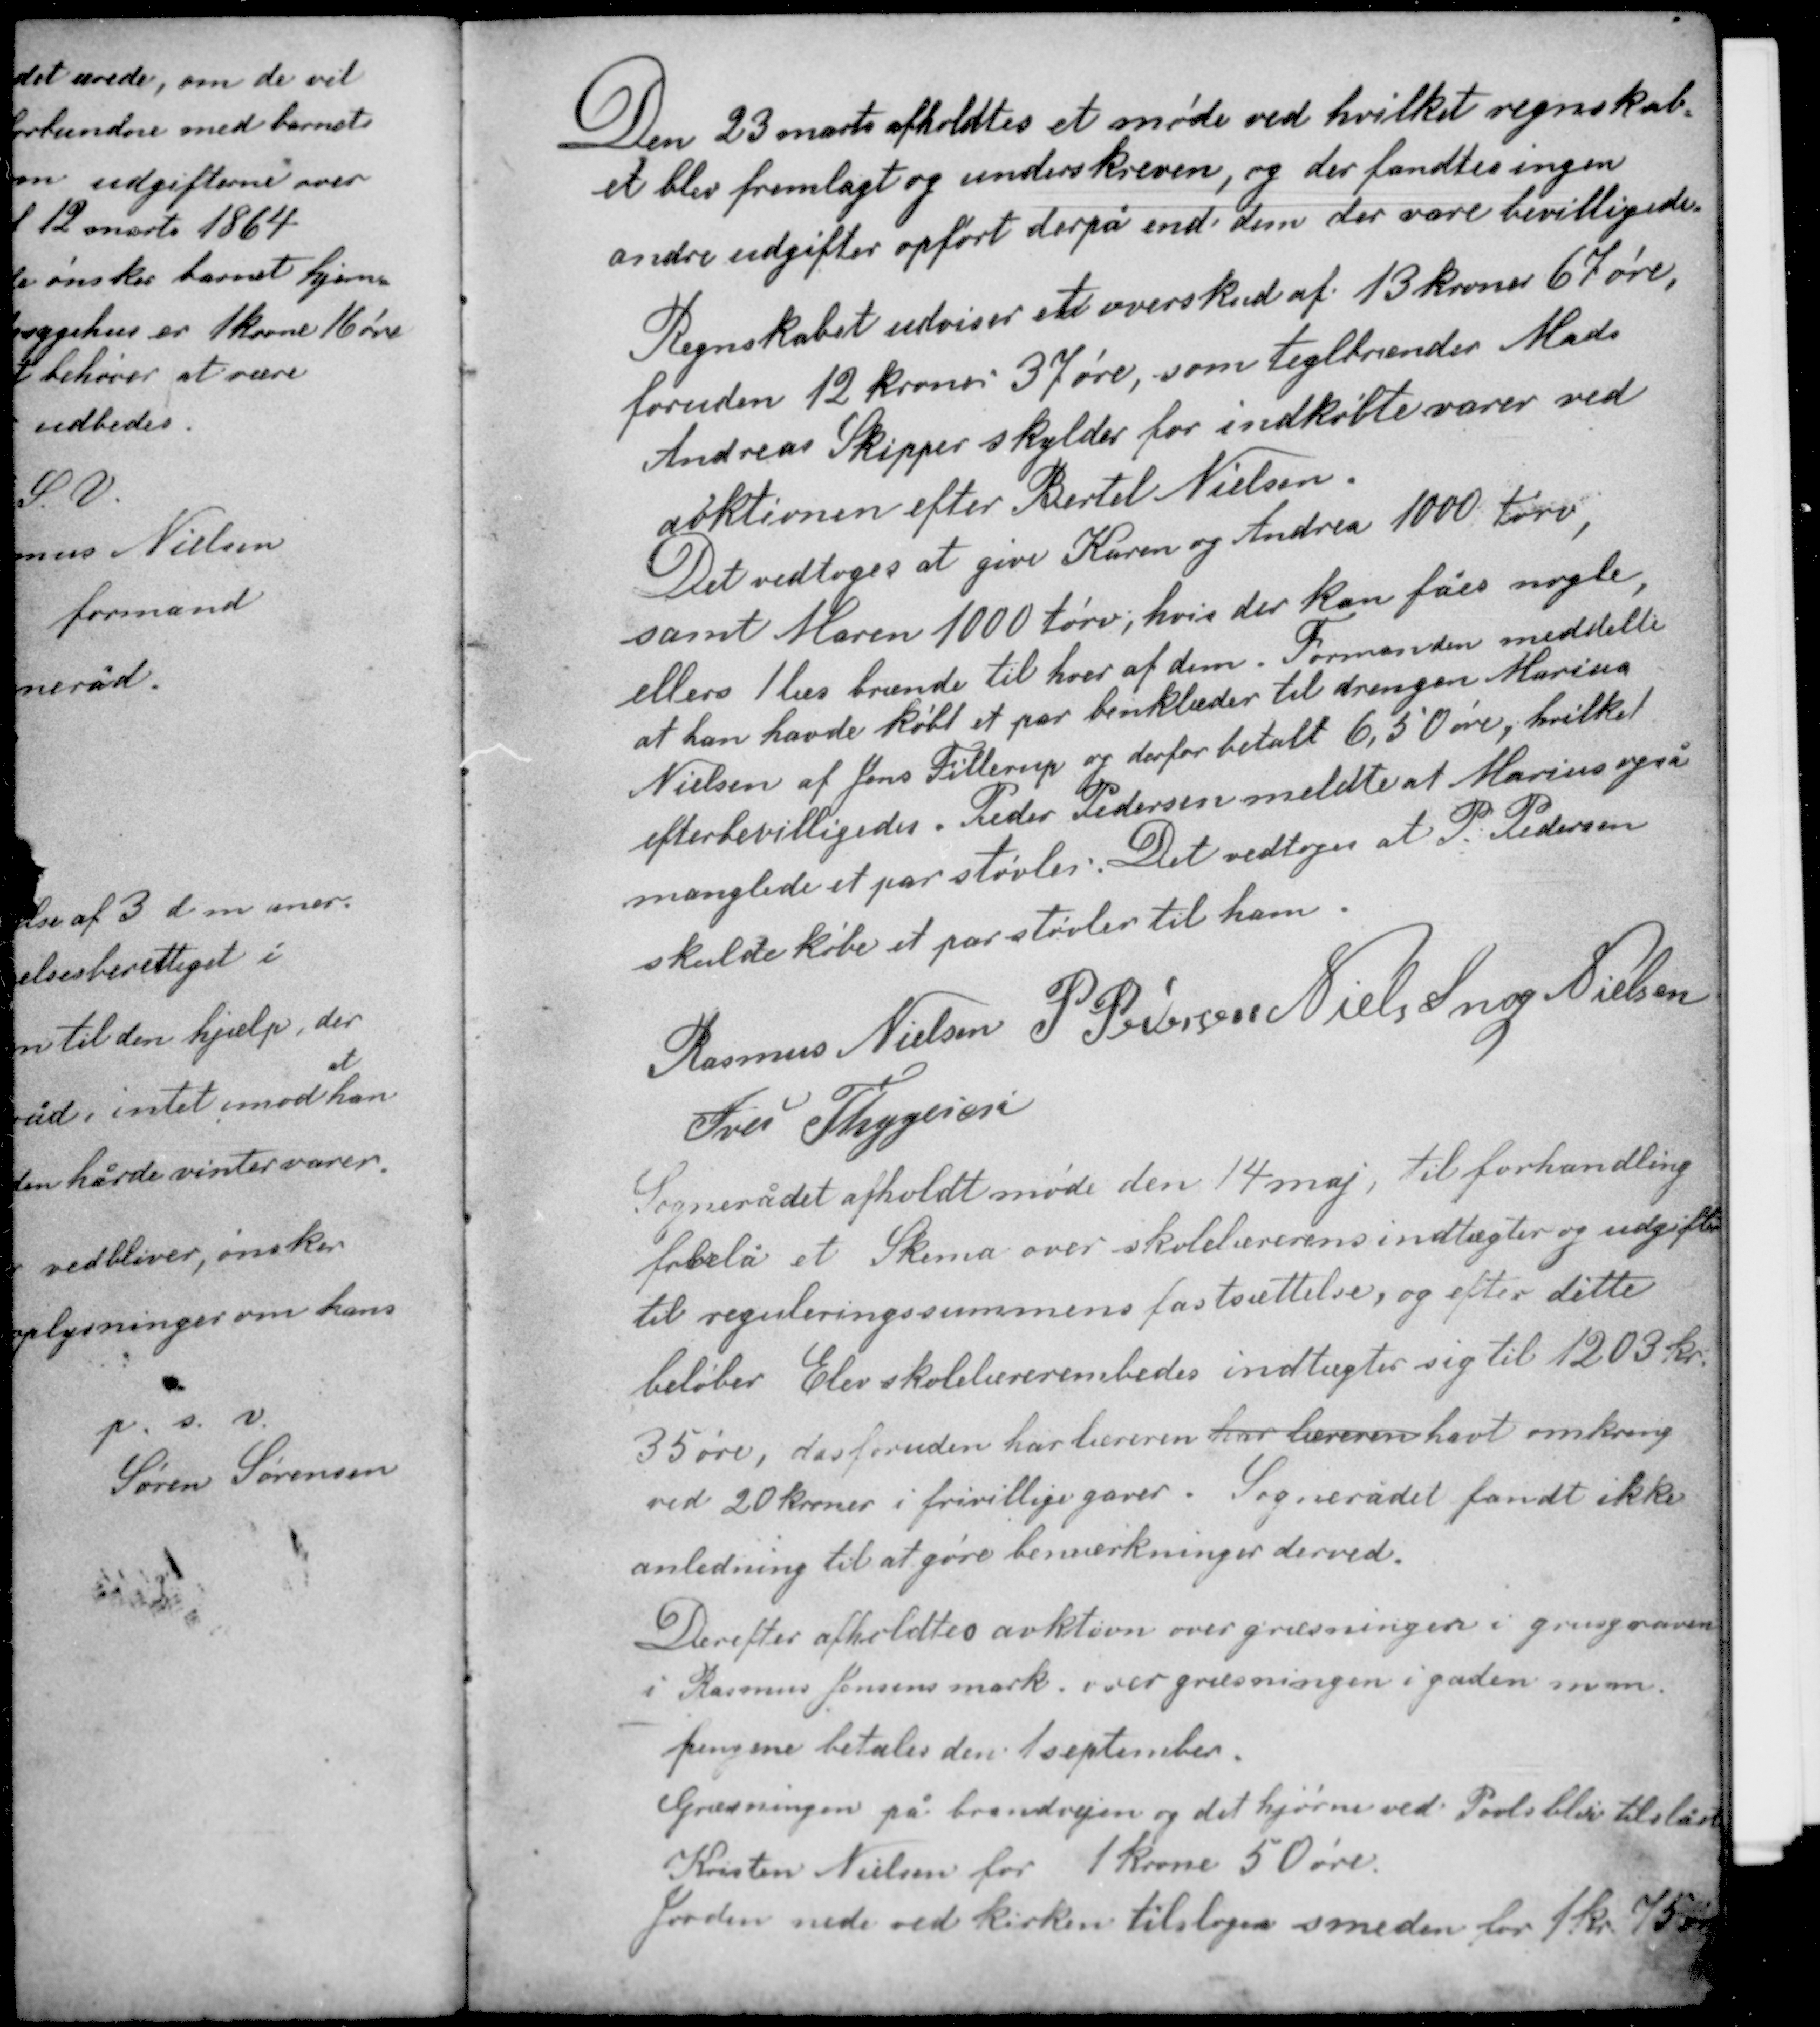
Transskription:
Den 23 marts afholdtes et møde ved hvilket regnskab-
et blev fremlagt og underskreven, og der fandtes ingen
andre udgifter opført derpå end dem der vare bevilligede.
Regnskabet udviser et overskud af 13 kroner 67 øre,
foruden 12 kroner 37 øre, som teglbrænder Mads
Andreas Skipper skylder for indkøbte varer ved
auktionen efter Bertel Nielsen.

Det vedtoges at give Karen og Andrea 1000 tørv,
samt Maren 1000 tørv, hvis der kan fåes nogle,
ellers 1 læs brænde til hver af dem. Formanden meddelte
at han havde købt et par benklæder til drengen Marius
Nielsen af Jens Fillerup og derfor betalt 6,50 øre, hvilket
efterbevilligedes. Peder Pedersen meldte at Marius også
manglede et par støvler. Det vedtoges at P. Pedersen
skulde købe et par støvler til ham.

Rasmus Nielsen P. Pedersen Niels Snog Nielsen
Iver Thygesen

Sognerådet afholdt møde den 14 maj, til forhandling
forelå et Skema over skolelærerens indtægter og udgifter
til reguleringssummens fastsættelse, og efter dette
beløber Elev skolelærerembedes indtægter sig til 1203 kr
35 øre, desforuden har læreren har læreren havt omkring
ved 20 kroner i frivillige gaver. Sognerådet fandt ikke
anledning til at gøre bemærkninger derved.

Derefter afholdtes auktion over græsninger i grusgraven
i Rasmus Jensens mark, over græsningen i gaden m.m.
pengene betales den 1 september.
Græsningen på brandvejen og det hjørne ved Pouls blev tilstået
Kristen Nielsen for 1 krone 50 øre.
Jorden nede ved kirken tilsloges smeden for 1 kr 75 øre.